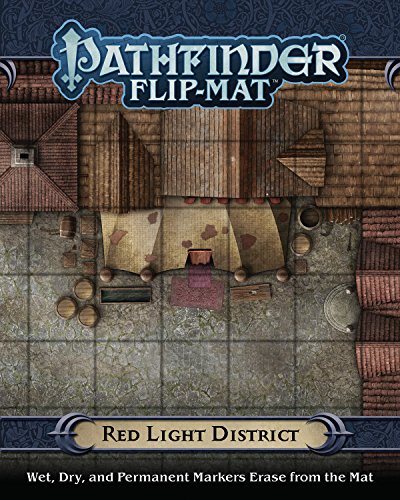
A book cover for Pathfinder Flip-Mat: Red Light District; Jason A. Engle; Science Fiction & Fantasy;